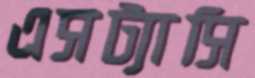
এসট্যাসি